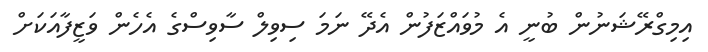
އިމިގްރޭޝަނުން ބުނީ އެ މުވައްޒަފުން އެދޭ ނަމަ ސިވިލް ސާވިސްގެ އެހެން ވަޒީފާއަކަށް